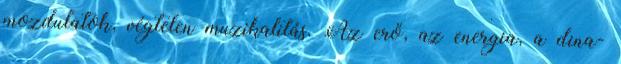
mozdulatok, végtelen muzikalitás. Az erő, az energia, a dina-